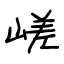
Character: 嵯